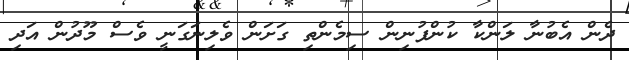
ދެން އެބުނާ ލަންކާ ކުންފުނިން ސިމެންތި ގަށަން ވެލިނަގަނީ ވެސް މޫދުން އަދި